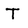
Character: T